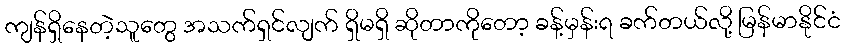
ကျန်ရှိနေတဲ့သူတွေ အသက်ရှင်လျက် ရှိမရှိ ဆိုတာကိုတော့ ခန့်မှန်းရ ခက်တယ်လို့ မြန်မာနိုင်ငံ